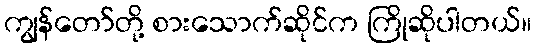
ကျွန်တော်တို့ စားသောက်ဆိုင်က ကြိုဆိုပါတယ်။